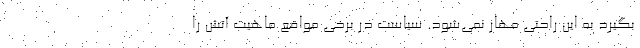
بگیرد به این راحتی مهار نمی‌شود. سیاست در برخی مواقع ماهیت آتش را